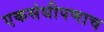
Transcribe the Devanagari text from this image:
एकसंधीपणाच